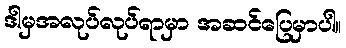
ဒါမှအလုပ်လုပ်ရာမှာ အဆင်ပြေမှာပါ။